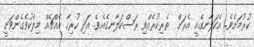
ކުރުމަށެވެ. އެކަލާނގެއީ އެރަށް  ތެރިކުރެއްވި ރަސްކަލާނގެއެވެ. އަދި ހުރިހާ އެއްޗެއް މިލްކުވެގެންވަނީ